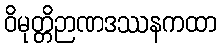
ဝိမုတ္တိဉာဏဒဿနကထာ